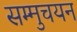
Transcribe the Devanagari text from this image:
सम्मुचयन